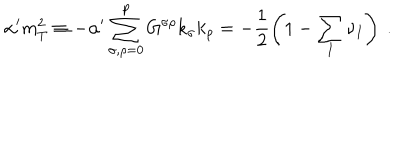
LaTeX: \alpha ^ { \prime } m _ { T } ^ { 2 } \equiv - \alpha ^ { \prime } \sum _ { \sigma , \rho = 0 } ^ { p } G ^ { \sigma \rho } k _ { \sigma } k _ { \rho } = - \frac { 1 } { 2 } \left( 1 - \sum _ { I } \nu _ { I } \right) ~ .